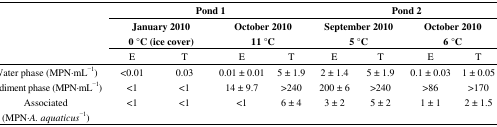
<table><thead><tr><td rowspan="3"></td><td colspan="4"><b>Pond 1</b></td><td colspan="4"><b>Pond 2</b></td></tr><tr><td colspan="2"><b>January 2010 0 °C (ice cover)</b></td><td colspan="2"><b>October 2010 11 °C</b></td><td colspan="2"><b>September 2010 5 °C</b></td><td colspan="2"><b>October 2010 6 °C</b></td></tr><tr><td><b>E</b></td><td><b>T</b></td><td><b>E</b></td><td><b>T</b></td><td><b>E</b></td><td><b>T</b></td><td><b>E</b></td><td><b>T</b></td></tr></thead><tbody><tr><td>Water phase (MPN·mL<sup>−1</sup>)</td><td>&lt;0.01</td><td>0.03</td><td>0.01 ± 0.01</td><td>5 ± 1.9</td><td>2 ± 1.4</td><td>5 ± 1.9</td><td>0.1 ± 0.03</td><td>1 ± 0.05</td></tr><tr><td>Sediment phase (MPN·mL<sup>−1</sup>)</td><td>&lt;1</td><td>&lt;1</td><td>14 ± 9.7</td><td>&gt;240</td><td>200 ± 6</td><td>&gt;240</td><td>&gt;86</td><td>&gt;170</td></tr><tr><td>Associated (MPN·<i>A. aquaticus</i><sup>−1</sup>)</td><td>&lt;1</td><td>&lt;1</td><td>&lt;1</td><td>6 ± 4</td><td>3 ± 2</td><td>5 ± 2</td><td>1 ± 1</td><td>2 ± 1.5</td></tr></tbody></table>